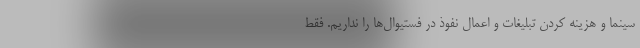
سینما و هزینه کردن تبلیغات و اعمال نفوذ در فستیوال‌ها را نداریم. فقط